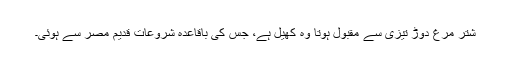
شتر مرغ دوڑ تیزی سے مقبول ہوتا وہ کھیل ہے، جس کی باقاعدہ شروعات قدیم مصر سے ہوئی۔